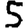
Digit: 5